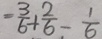
= \frac { 3 } { 6 } + \frac { 2 } { 6 } - \frac { 1 } { 6 }